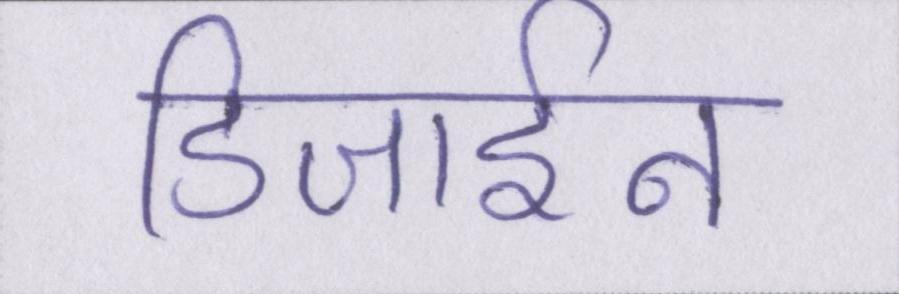
डिजाईन